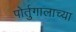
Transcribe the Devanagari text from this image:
पोर्तुगालाच्या